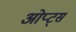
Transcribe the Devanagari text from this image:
ओप्ट्स